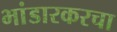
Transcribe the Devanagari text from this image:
भांडारकरचा